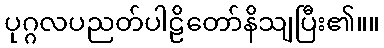
ပုဂ္ဂလပညတ်ပါဠိတော်နိသျပြီး၏။။